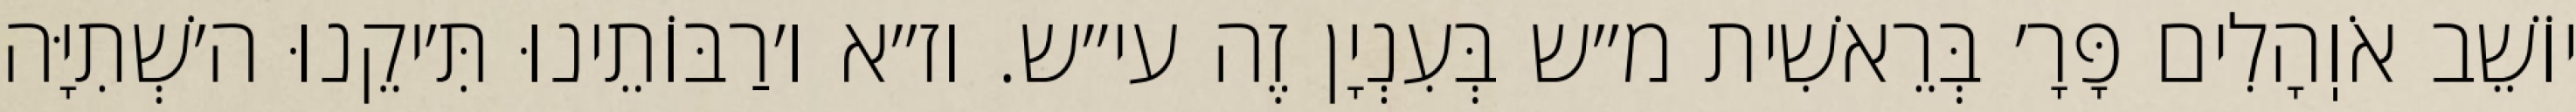
יוֹשֵׁב אֹוֽהָלִים פָּרָ׳ בְּרֵאשִׁית מ״ש בְּעִנְיָן זֶה עי״ש. וז״א ו׳רַבּוֹתֵינוּ תִּ׳יקֵנוּ ה׳שְׁתִיָּה